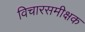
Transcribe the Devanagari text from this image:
विचारसमीक्षक